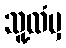
သူ့ထံမှ